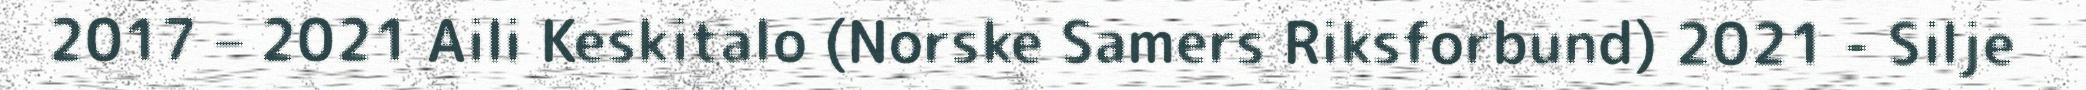
2017 – 2021 Aili Keskitalo (Norske Samers Riksforbund) 2021 - Silje